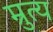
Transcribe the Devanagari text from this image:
म्रुत्य